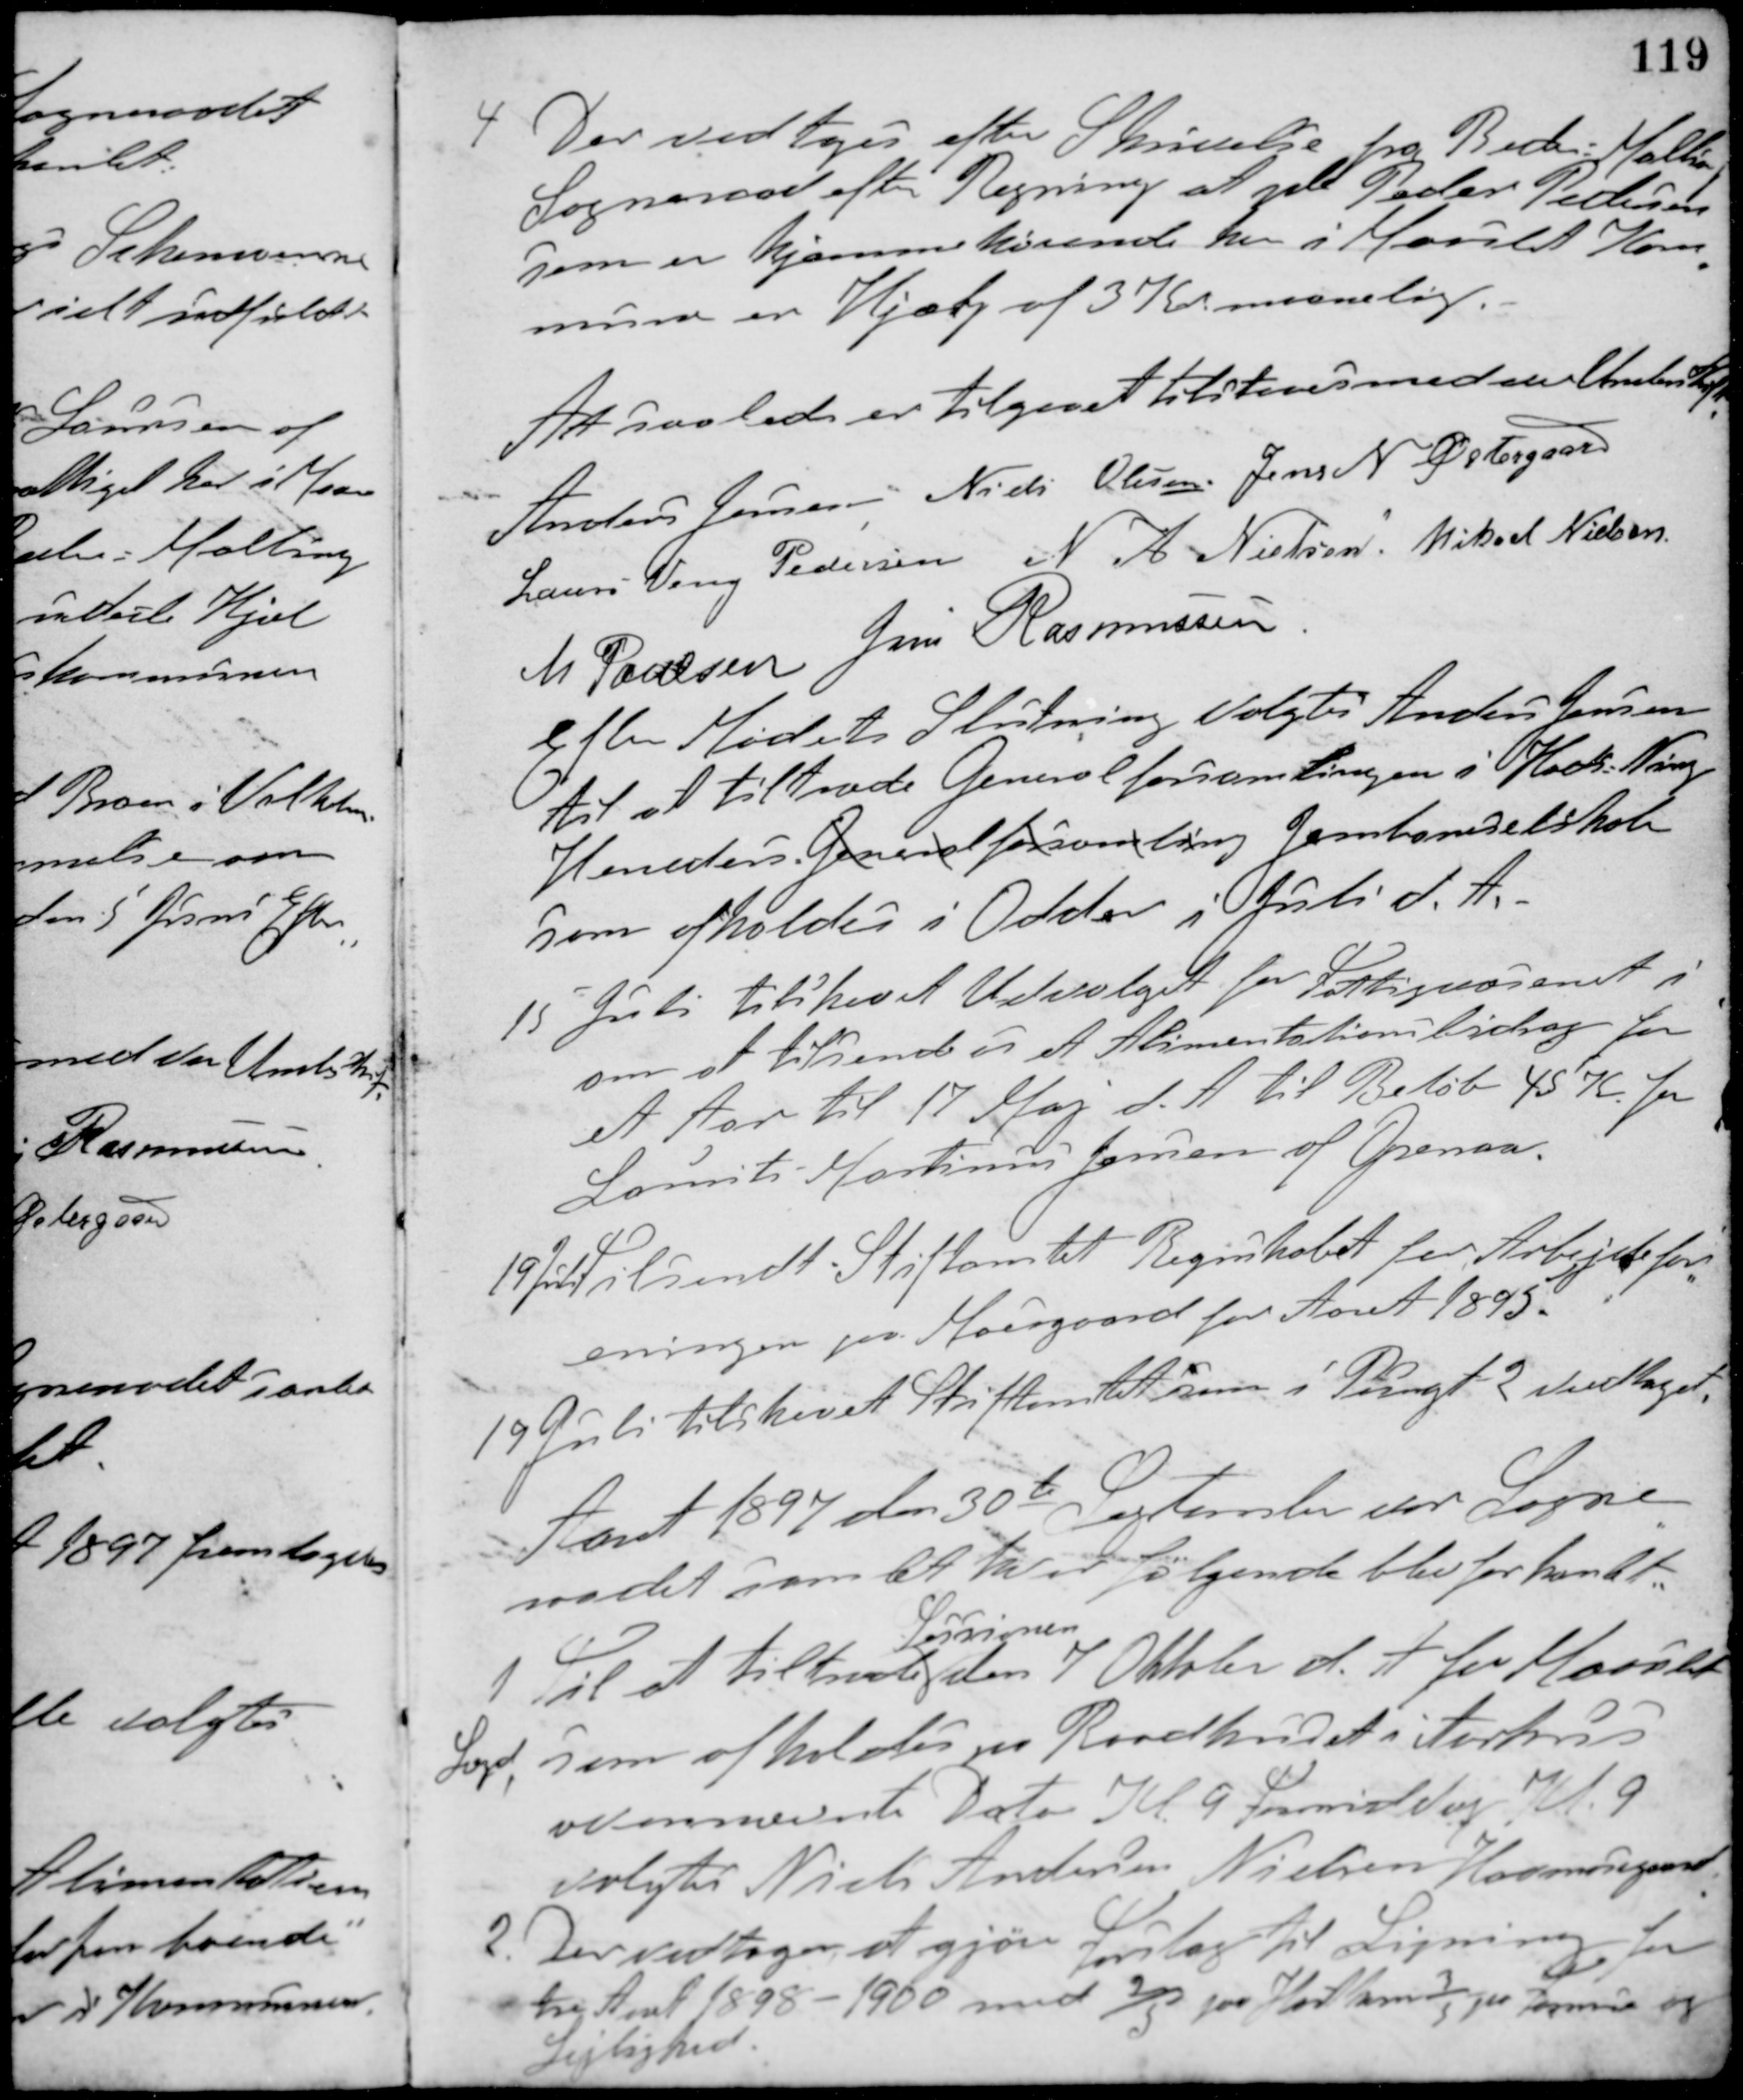
Transskription:
4 Der vedtoges efter Skrivelse fra Beder-Malling
Sogneraad efter Regning at yde Peder Pedersen
som er hjemmehørende her i Maarslet Kom-
mune en Hjælp af 3 Kr maanelig.
At saaledes er tilgaaet tilstaaes med vor Underskrift
Anders Jensen Niels Olesen Jens N. Østergaard
Laurs Veng Pedersen N. A. Nielsen Mikael Nielsen
M. Poulsen Jens Rasmussen
Efter Mødets Slutning Valgtes Anders Jensen
til at tiltræde Generalforsamlingen i Hads-Ning
Herreders Generalforsamling Jernbaneselskab
som afholdes i Odder i Juli d. A.
15 Juli tilskrevet Udvalget for Fattigvæsenet i
om at tilsende os et Alimentationsbidrag for
et Aar til 17 Maj d. A. til Beløb 45 K for
Laurits Martinus Jensen af Grenaa.
19 Juli Tilsendt Stiftamtet Regnskabet for Arbejdsfor-
eningen paa Moesgaard for Aaret 1895.
19 Juli tilskrevet Stiftamtet som i Pungt 2 vedtaget.
Aaret 1897 den 30te September var Sogne-
raadet samlet hvor følgende blev forhandlet:
1 Til at tiltræde
Sesssionen
den 7 Oktober d. A. for Maarslet
Lægd, som afholdes paa Raadhuset i Aarhus
ovennævnte Dato Kl. 9. Formiddag Kl. 9
valgtes Niels Andersen Nielsen Havmosegaard
2. Der vedtoges at gjøre Forslag til Ligning for
tre Aaret 1898 - 1900 med 2/5 paa Hartkorn 3/5 paa Formue og
Lejlighed.